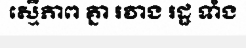
ស្មើភាព គ្នា រវាង រដ្ឋ ទាំង